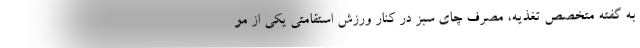
به گفته متخصص تغذیه، مصرف چای سبز در کنار ورزش استقامتی یکی از مو